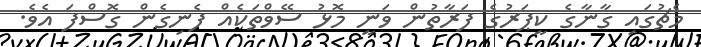
މެޗުގައި ގާނާގެ ކީޕަރުގެ ފަރާތުން ވަނީ މޮޅު ސޭވްތަކެއް ފެނިގެން ގޮސްފަ އެވެ.